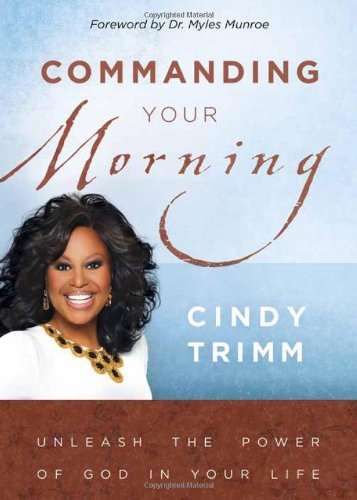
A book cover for Commanding Your Morning: Unleash the Power of God in Your Life; Cindy Trimm; Christian Books & Bibles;